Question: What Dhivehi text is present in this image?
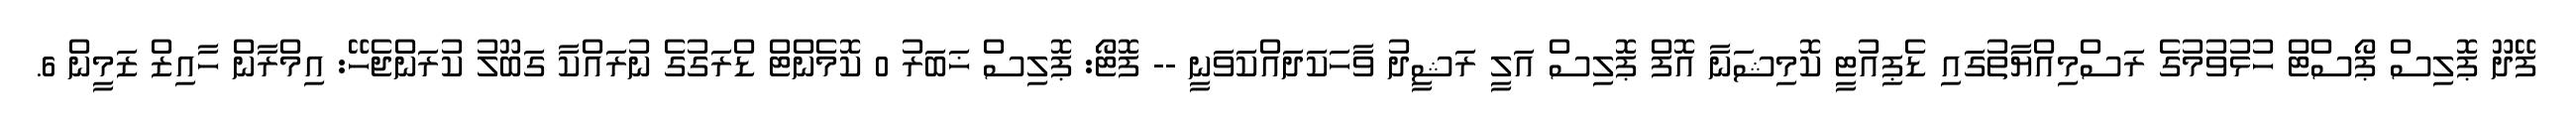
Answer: ފޭދޫ ޕޮލިސް ޕޯސްޓް ހުޅުވުމުގެ ރަސްމިއްޔާތުގައި ޑެޕިއުޓީ ކޮމިޝަނާ އޮފް ޕޮލިސް އަލީ ރަޝީދު ވާހަކަދައްކަވަނީ -- ފޮޓޯ: ޕޮލިސް ޚަބަރު 0 ކޮމެންޓް ޑްރަގުގެ ނުރައްކާ ގަބޫލު ކުރަންޖެހޭ: އިމްރާން ހާއިޒް ޒަމީން 6.